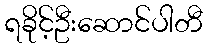
ရခိုင့်ဦးဆောင်ပါတီ